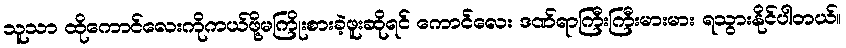
သူသာ ထိုကောင်လေးကိုကယ်ဖို့မကြိုးစားခဲ့ဖူးဆိုရင် ကောင်လေး ဒဏ်ရာကြီးကြီးမားမား ရသွားနိုင်ပါတယ်။